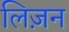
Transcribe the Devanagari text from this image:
लिज़न